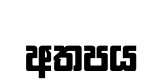
අතපය